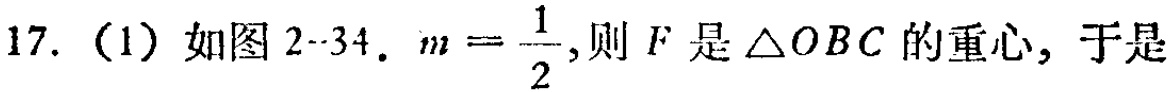
17.（1）如图2-34. \(m = \frac{1}{2}\),则 \(F\) 是 \(\triangle OBC\) 的重心, 于是